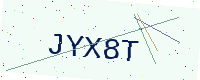
Text: JYX8T